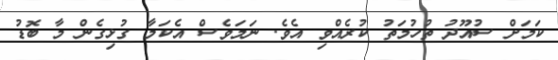
ކަމަށް ސުއޫދު ތުހުމަތު ކުރެއްވި އެވެ. ނަމަވެސް އެކަމާ ގުޅިގެން މާ ބޮޑު